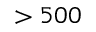
> 5 0 0